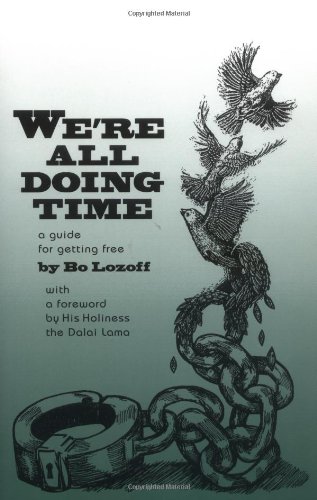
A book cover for We're All Doing Time: A Guide to Getting Free; Bo Lozoff; Religion & Spirituality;